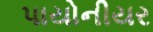
પાયોનીયર